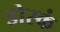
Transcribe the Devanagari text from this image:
डोस्कं